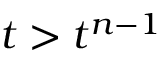
t > t ^ { n - 1 }